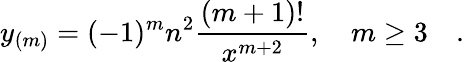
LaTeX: y_{(m)}=(-1)^{m}n^{2}{\frac{(m+1)!}{x^{m+2}}},\quad m\ge 3\quad.